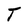
Character: T